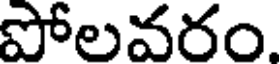
పోలవరం.